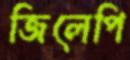
জিলেপি